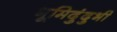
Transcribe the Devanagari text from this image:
भूमिदुंदुभी